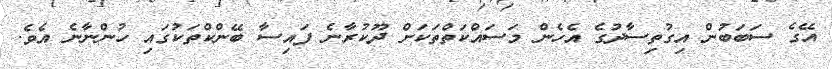
އޭގެ ސަބަބުން އިގުތިސާދުގެ އެހެން މަސައްކަތްތަކަށް ދޫކުރާނެ ފައިސާ ބޭންކްތަކުގައި ހުންނާނެ އެވެ.